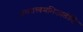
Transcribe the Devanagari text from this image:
अस्मात्त्वमभिजातोसि